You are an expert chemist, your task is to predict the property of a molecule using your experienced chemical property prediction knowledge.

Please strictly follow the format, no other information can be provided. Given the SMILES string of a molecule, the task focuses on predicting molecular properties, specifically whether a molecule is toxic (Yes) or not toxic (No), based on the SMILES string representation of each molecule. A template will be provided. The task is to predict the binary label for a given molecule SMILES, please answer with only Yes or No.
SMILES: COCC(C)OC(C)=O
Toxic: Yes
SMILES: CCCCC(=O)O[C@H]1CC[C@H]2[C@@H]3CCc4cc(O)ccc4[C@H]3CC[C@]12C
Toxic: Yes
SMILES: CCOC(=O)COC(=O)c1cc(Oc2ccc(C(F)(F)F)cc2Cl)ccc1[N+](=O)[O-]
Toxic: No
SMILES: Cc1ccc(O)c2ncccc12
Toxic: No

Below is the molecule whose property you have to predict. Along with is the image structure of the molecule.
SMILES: OC[C@H]1OC(S[Au])[C@H](O)[C@@H](O)[C@@H]1O
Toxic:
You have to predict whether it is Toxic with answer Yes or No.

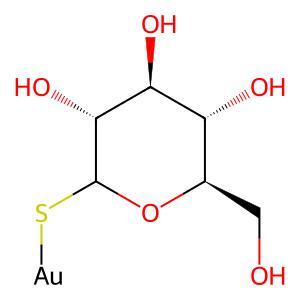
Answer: No